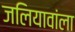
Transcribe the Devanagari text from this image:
जलियावांला